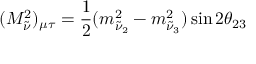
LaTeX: ( M _ { \tilde { \nu } } ^ { 2 } ) _ { \mu \tau } = \frac { 1 } { 2 } ( m _ { \tilde { \nu } _ { 2 } } ^ { 2 } - m _ { \tilde { \nu } _ { 3 } } ^ { 2 } ) \sin 2 \theta _ { 2 3 }